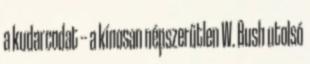
a kudarcodat -- a kínosan népszerűtlen W. Bush utolsó